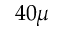
4 0 \mu